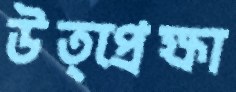
উত্প্রেক্ষা